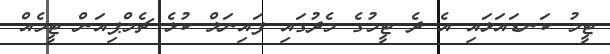
ޓީމު ކަނޑައަޅައި އެ ދެ ޓީމުގެ މެދުގައި ފައިނަލް ކުޅެ ޗެމްޕިއަން ޓީމެއް